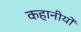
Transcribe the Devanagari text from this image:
कहानीयोँ